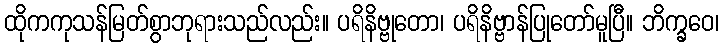
ထိုကကုသန်မြတ်စွာဘုရားသည်လည်း။ ပရိနိဗ္ဗုတော၊ ပရိနိဗ္ဗာန်ပြုတော်မူပြီ။ ဘိက္ခဝေ၊